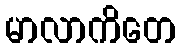
မာလာကိတေ